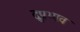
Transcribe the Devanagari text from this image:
दुःप्रभाव